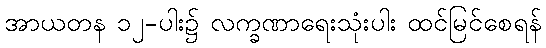
အာယတန ၁၂-ပါး၌ လက္ခဏာရေးသုံးပါး ထင်မြင်စေရန်